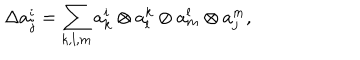
\Delta a _ { j } ^ { i } = \sum _ { k , l , m } a _ { k } ^ { i } \otimes a _ { l } ^ { k } \otimes a _ { m } ^ { l } \otimes a _ { j } ^ { m } ,